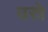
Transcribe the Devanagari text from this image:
वस्रे